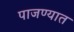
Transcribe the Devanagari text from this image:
पाजण्यात